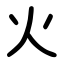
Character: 火